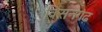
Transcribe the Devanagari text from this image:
विसनगढ़